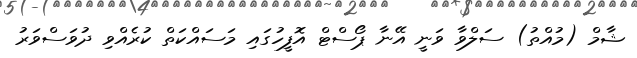
ޝާމް (މުއްތު) ސަލްވާ ވަނީ އޭނާ ޕޯސްޓް އޮފީހުގައި މަސައްކަތް ކުރެއްވި ދުވަސްވަރު